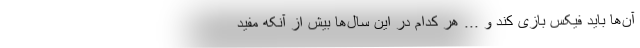
آن‌ها باید فیکس بازی کند و ... هر کدام در این سال‌ها بیش از آنکه مفید